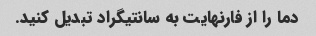
دما را از فارنهایت به سانتیگراد تبدیل کنید.